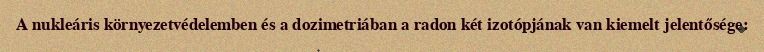
A nukleáris környezetvédelemben és a dozimetriában a radon két izotópjának van kiemelt jelentősége: